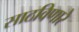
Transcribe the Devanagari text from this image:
साठविणारे